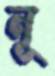
নূ